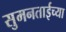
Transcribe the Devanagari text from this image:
सुमनताईच्या